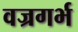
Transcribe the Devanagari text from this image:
वज्रगर्भ